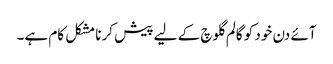
آئے دن خود کو گالم گلوچ کے لیے پیش کرنا مشکل کام ہے۔